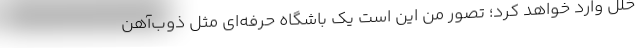
خلل وارد خواهد کرد؛ تصور من این است یک باشگاه حرفه‌ای مثل ذوب‌آهن